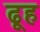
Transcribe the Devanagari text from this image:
ढूह